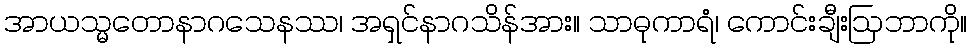
အာယသ္မတောနာဂသေနဿ၊ အရှင်နာဂသိန်အား။ သာဓုကာရံ၊ ကောင်းချီးဩဘာကို။